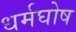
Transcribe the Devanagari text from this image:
धर्मघोष